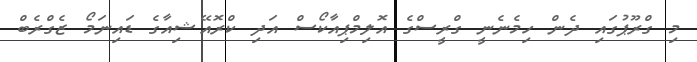
މި ގްރޫޕުގައި ދެން ހިމެެނެނީ ގްރީސްގެ އޮލިމްޕިއާކޯސް އަދި ކްރޮއޭޝިއާގެ ޑައިނަމޯ ޒެގްރެބް